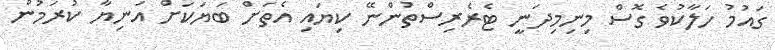
ގައުމު ހަލާކުވެ ގޮސް މިނިމިދަނީ ޓެރެރިސްތުންނޭ ކިޔައި އެތަށް ބަޔަކަށް އަނިޔާ ކުރަމުން